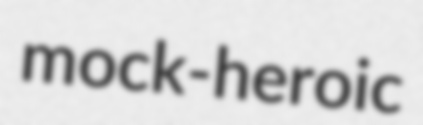
mock-heroic